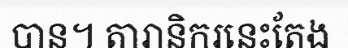
បាន។ តារានិករនេះតែង